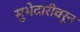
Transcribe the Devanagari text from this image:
सुभेदारीवरून